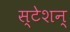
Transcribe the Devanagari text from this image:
स्टेशन्